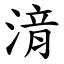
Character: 湇